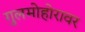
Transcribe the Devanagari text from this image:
गुलमोहोरावर